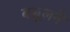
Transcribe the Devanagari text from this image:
बसूलने